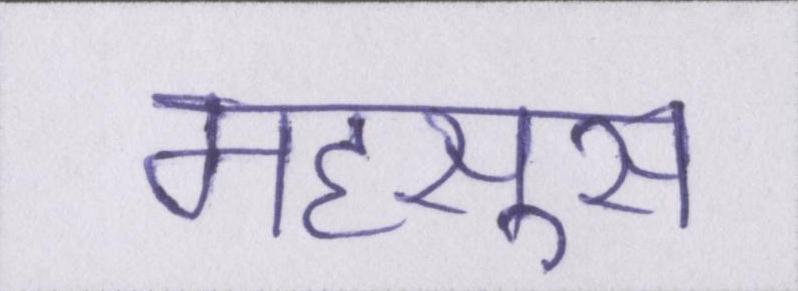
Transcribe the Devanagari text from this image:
महसूस